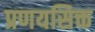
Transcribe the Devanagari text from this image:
प्रणयसिक्त